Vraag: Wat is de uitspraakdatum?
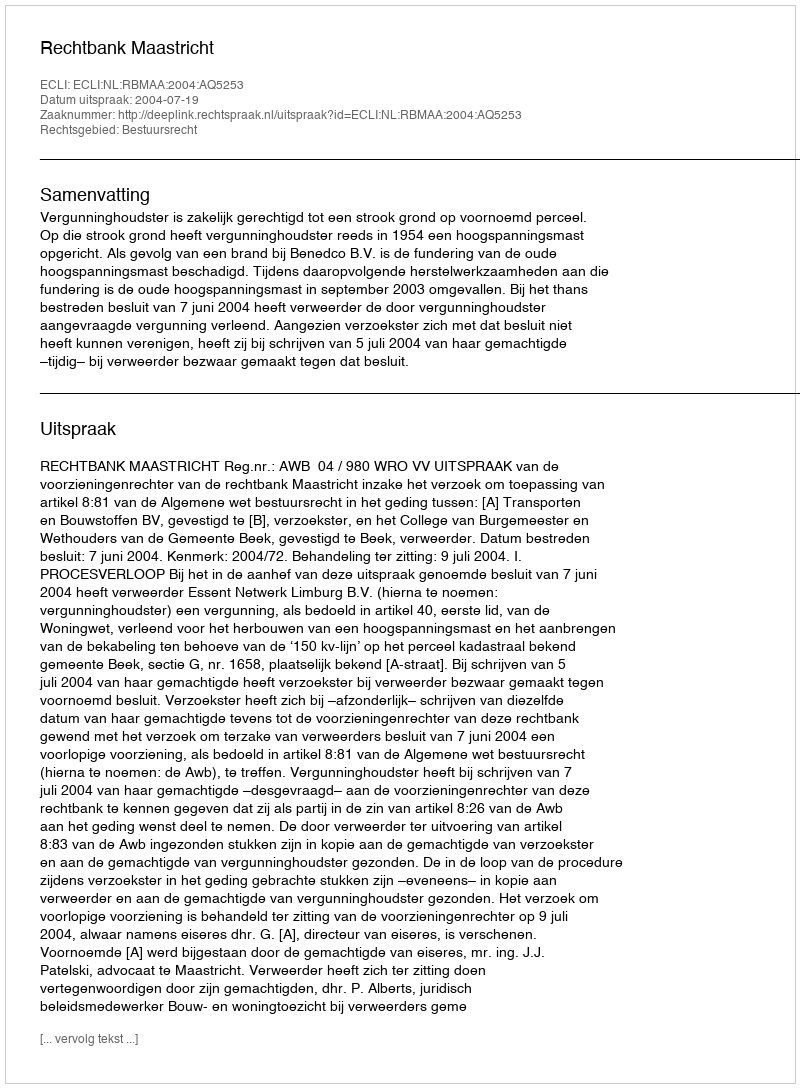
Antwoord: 2004-07-19